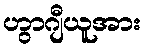
ဟွာဂျီယူအား